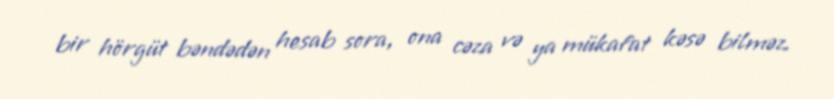
bir hörgüt bəndədən hesab sora, ona cəza və ya mükafat kəsə bilməz.